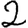
Digit: 2